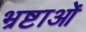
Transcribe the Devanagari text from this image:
भ्रष्टाओं